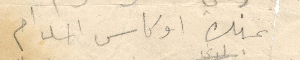
عينيك او كان المدام